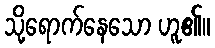
သို့ရောက်နေသော ဟူ၏။